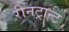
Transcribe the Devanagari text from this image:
रीनट्रान्ट